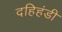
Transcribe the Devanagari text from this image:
दहिहंडी